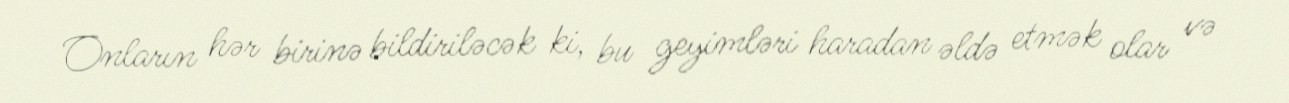
Onların hər birinə bildiriləcək ki, bu geyimləri haradan əldə etmək olar və